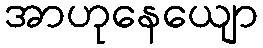
အာဟုနေယျော